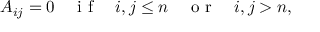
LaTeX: A _ { i j } = 0 \quad \textrm { i f } \quad i , j \le n \quad \textrm { o r } \quad i , j > n ,